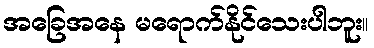
အခြေအနေ မရောက်နိုင်သေးပါဘူး။